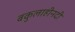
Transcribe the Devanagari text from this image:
बकुलाहीनदी